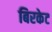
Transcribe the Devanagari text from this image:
बिरकेट